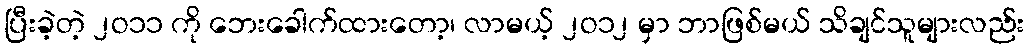
ပြီးခဲ့တဲ့ ၂ဝ၁၁ ကို ဘေးခေါက်ထားတော့၊ လာမယ့် ၂ဝ၁၂ မှာ ဘာဖြစ်မယ် သိချင်သူများလည်း